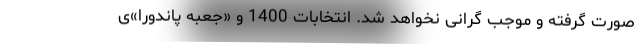
صورت گرفته و موجب گرانی نخواهد شد. انتخابات 1400 و «جعبه پاندورا»ی